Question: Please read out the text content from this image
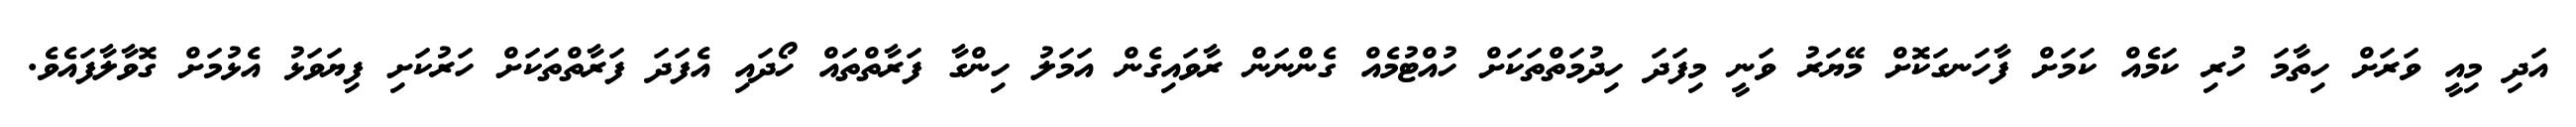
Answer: އަދި މިއީ ވަރަށް ހިތާމަ ހުރި ކަމެއް ކަމަށް ފާހަނގަކޮށް މޭޔަރު ވަނީ މިފަދަ ހިދުމަތްތަކަށް ހުއްޓުމެއް ގެންނަން ރާވައިގެން އަމަލު ހިންގާ ފަރާތްތައް ހޯދައި އެފަދަ ފަރާތްތަކަށް ހަރުކަށި ފިޔަވަޅު އެޅުމަށް ގޮވާލާފައެވެ.